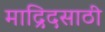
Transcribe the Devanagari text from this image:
माद्रिदसाठी